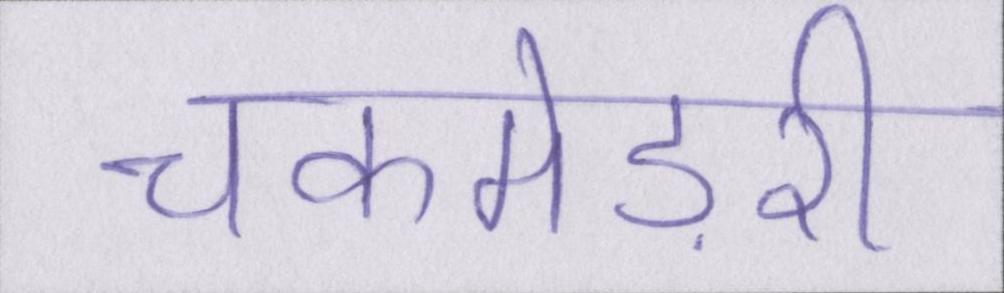
चकमेड़री